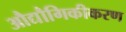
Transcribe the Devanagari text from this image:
औद्यौगिकीकरण